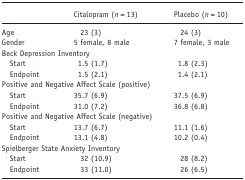
<table><thead><tr><td>[EMPTY_CELL]</td><td><b>Citalopram (<i>n</i> = 13)</b></td><td><b>Placebo (<i>n</i> = 10)</b></td></tr></thead><tbody><tr><td>Age</td><td>23 (3)</td><td>24 (3)</td></tr><tr><td>Gender</td><td>5 female, 8 male</td><td>7 female, 3 male</td></tr><tr><td colspan="3">Beck Depression Inventory</td></tr><tr><td> Start</td><td>1.5 (1.7)</td><td>1.8 (2.3)</td></tr><tr><td> Endpoint</td><td>1.5 (2.1)</td><td>1.4 (2.1)</td></tr><tr><td colspan="3">Positive and Negative Affect Scale(positive)</td></tr><tr><td> Start</td><td>35.7 (6.9)</td><td>37.5 (6.9)</td></tr><tr><td> Endpoint</td><td>31.0 (7.2)</td><td>36.8 (6.8)</td></tr><tr><td colspan="3">Positive and Negative Affect Scale(negative)</td></tr><tr><td> Start</td><td>13.7 (6.7)</td><td>11.1 (1.6)</td></tr><tr><td> Endpoint</td><td>13.1 (4.8)</td><td>10.2 (0.4)</td></tr><tr><td colspan="3">Spielberger State Anxiety Inventory</td></tr><tr><td> Start</td><td>32 (10.9)</td><td>28 (8.2)</td></tr><tr><td> Endpoint</td><td>33 (11.0)</td><td>26 (6.5)</td></tr></tbody></table>